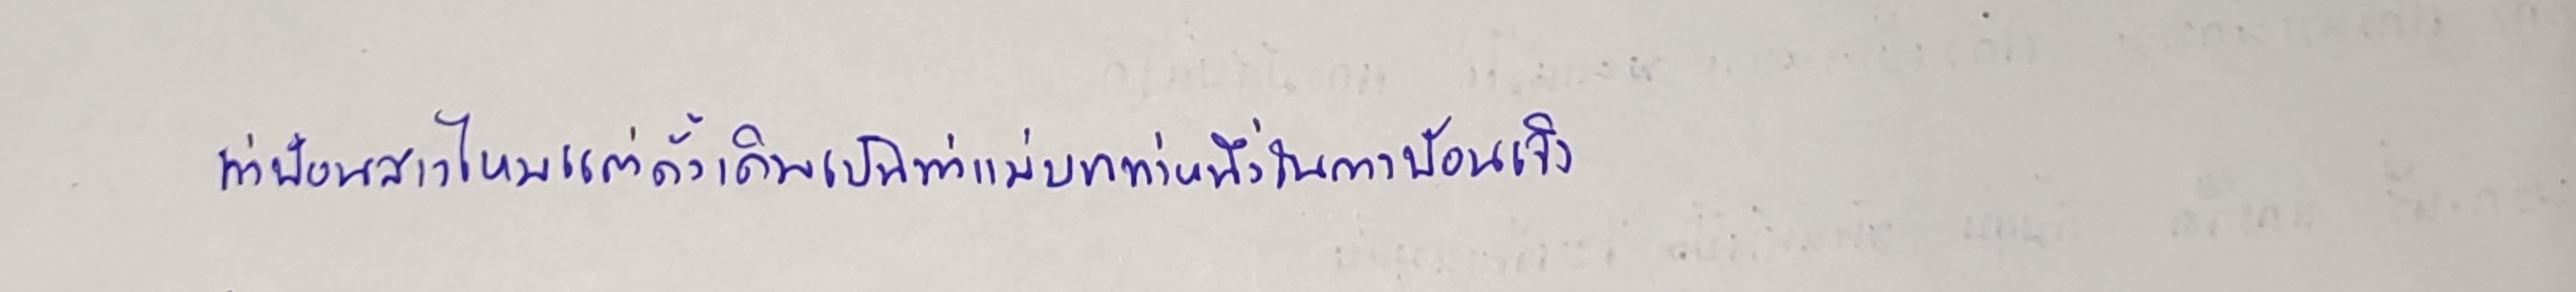
ท่าฟ้อนสาวไหมแต่ดั้งเดิมเป็นท่าแม่บทท่าหนึ่งในการฟ้อนเจิง